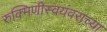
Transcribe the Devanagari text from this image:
रुक्मिणीस्वयंवराच्या